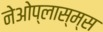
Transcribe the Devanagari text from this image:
नेओप्लास्म्स